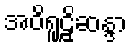
အဝိရူဠှိဆန္ဒာ